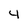
Character: 4